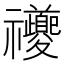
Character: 𥜶